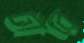
টারে